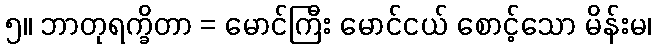
၅။ ဘာတုရက္ခိတာ = မောင်ကြီး မောင်ငယ် စောင့်သော မိန်းမ၊